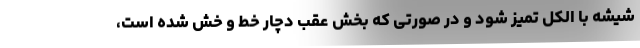
شیشه با الکل تمیز شود و در صورتی که بخش عقب دچار خط و خش شده است،